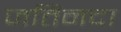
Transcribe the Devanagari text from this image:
जतिनदा